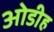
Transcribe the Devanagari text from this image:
ओडीह